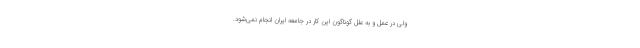
ولی در عمل و به علل گوناگون این کار در جامعه ایران انجام نمی‌شود.